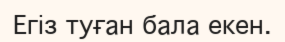
Егіз туған бала екен.